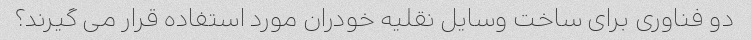
دو فناوری برای ساخت وسایل نقلیه خودران مورد استفاده قرار می گیرند؟